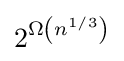
2^{\Omega \left(n^{1/3}\right)}